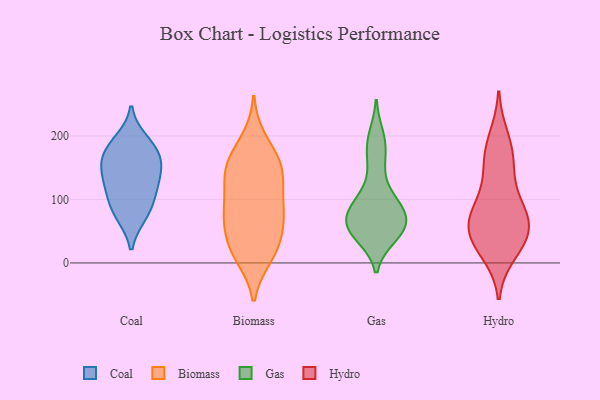
{"axis": {"x": "Customer Acquisition Cost (USD)", "y": "Value"}, "legend": ["Biomass", "Coal", "Gas", "Hydro"], "data": [{"x": "", "y": 129, "type": "Coal"}, {"x": "", "y": 151, "type": "Coal"}, {"x": "", "y": 77, "type": "Coal"}, {"x": "", "y": 104, "type": "Coal"}, {"x": "", "y": 167, "type": "Coal"}, {"x": "", "y": 166, "type": "Coal"}, {"x": "", "y": 184, "type": "Coal"}, {"x": "", "y": 193, "type": "Coal"}, {"x": "", "y": 140, "type": "Coal"}, {"x": "", "y": 75, "type": "Coal"}, {"x": "", "y": 111, "type": "Coal"}, {"x": "", "y": 11, "type": "Biomass"}, {"x": "", "y": 137, "type": "Biomass"}, {"x": "", "y": 62, "type": "Biomass"}, {"x": "", "y": 93, "type": "Biomass"}, {"x": "", "y": 152, "type": "Biomass"}, {"x": "", "y": 90, "type": "Biomass"}, {"x": "", "y": 71, "type": "Biomass"}, {"x": "", "y": 139, "type": "Biomass"}, {"x": "", "y": 139, "type": "Biomass"}, {"x": "", "y": 23, "type": "Biomass"}, {"x": "", "y": 193, "type": "Biomass"}, {"x": "", "y": 60, "type": "Biomass"}, {"x": "", "y": 152, "type": "Biomass"}, {"x": "", "y": 20, "type": "Biomass"}, {"x": "", "y": 85, "type": "Biomass"}, {"x": "", "y": 20, "type": "Biomass"}, {"x": "", "y": 173, "type": "Biomass"}, {"x": "", "y": 48, "type": "Gas"}, {"x": "", "y": 54, "type": "Gas"}, {"x": "", "y": 173, "type": "Gas"}, {"x": "", "y": 49, "type": "Gas"}, {"x": "", "y": 190, "type": "Gas"}, {"x": "", "y": 88, "type": "Gas"}, {"x": "", "y": 88, "type": "Gas"}, {"x": "", "y": 43, "type": "Gas"}, {"x": "", "y": 199, "type": "Gas"}, {"x": "", "y": 83, "type": "Gas"}, {"x": "", "y": 52, "type": "Gas"}, {"x": "", "y": 146, "type": "Gas"}, {"x": "", "y": 60, "type": "Gas"}, {"x": "", "y": 109, "type": "Gas"}, {"x": "", "y": 80, "type": "Gas"}, {"x": "", "y": 59, "type": "Gas"}, {"x": "", "y": 85, "type": "Gas"}, {"x": "", "y": 58, "type": "Hydro"}, {"x": "", "y": 72, "type": "Hydro"}, {"x": "", "y": 177, "type": "Hydro"}, {"x": "", "y": 34, "type": "Hydro"}, {"x": "", "y": 63, "type": "Hydro"}, {"x": "", "y": 16, "type": "Hydro"}, {"x": "", "y": 39, "type": "Hydro"}, {"x": "", "y": 158, "type": "Hydro"}, {"x": "", "y": 31, "type": "Hydro"}, {"x": "", "y": 67, "type": "Hydro"}, {"x": "", "y": 91, "type": "Hydro"}, {"x": "", "y": 197, "type": "Hydro"}, {"x": "", "y": 147, "type": "Hydro"}, {"x": "", "y": 99, "type": "Hydro"}]}